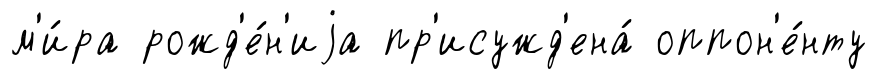
м'и́ра рожд'е́н'иjа пр'исужд'ена́ оппон'е́нту